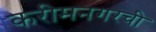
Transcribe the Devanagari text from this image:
करीमनगरची